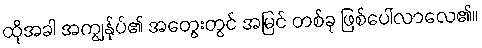
ထိုအခါ အကျွန်ုပ်၏ အတွေးတွင် အမြင် တစ်ခု ဖြစ်ပေါ်လာလေ၏။